Vaccination in the Punjab 1905-1918 - 1905-1918
Year: 1905
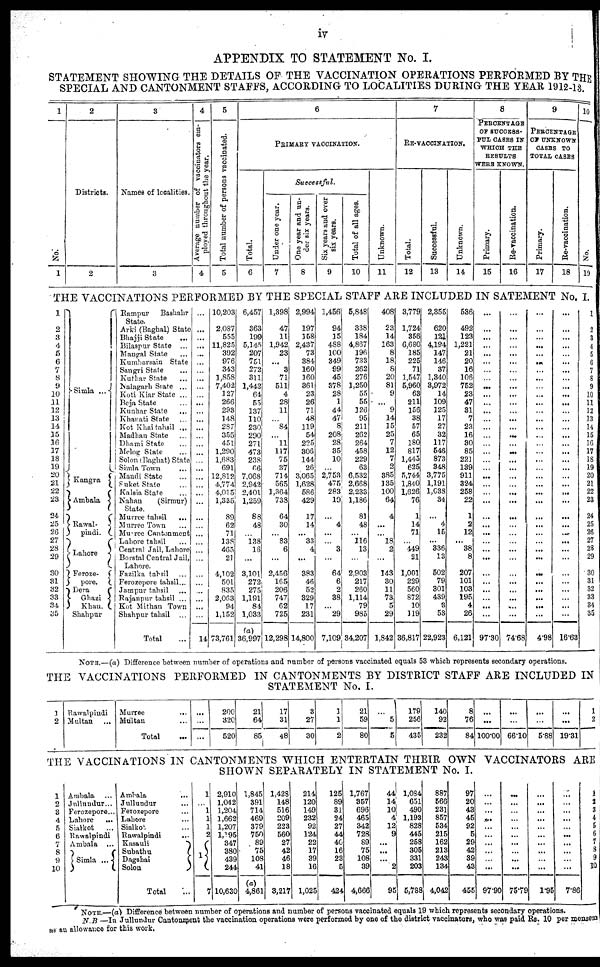
iv
APPENDIX TO STATEMENT No. I.
STATEMENT SHOWING THE DETAILS OF THE VACCINATION OPERATIONS PERFORMED BY THE
SPECIAL AND CANTONMENT STAFFS, ACCORDING TO LOCALITIES DURING THE YEAR 1912-13.
1
No.
1
2
Districts.
2
3
Names of localities.
3
4
Average number of vaccinators em-
ployed throughout the year.
4
5
Total number of persons vaccinated.
5
6
PRIMARY VACCINATION.
Total.
6
Successful.
Under one year.
7
One year and un-
der six years.
8
Six years and over
six years.
9
Total of all ages.
10
Unknown.
11
7
RE-VACCINATION.
Total.
12
Successful.
13
Unknown.
14
8
PERCENTAGE
OF SUCCESS¬
FUL CASES IN
WHICH THE
RESULTS
WERE KNOWN.
Primary.
15
Re-vaccination.
16
9
PERCENTAGE
OF UNKNOWN
CASES TO
TOTAL CASES
Primary.
17
Re-vaccination.
18
10
No.
19
THE VACCINATIONS PERFORMED BY THE SPECIAL STAFF ARE INCLUDED IN SATEMENT No. I.
1
2
3
4
5
6
7
8
9
10
11
12
13
14
15
16
17
18
19
20
21
22
23
24
25
26
27
28
29
30
31
32
33
34
35
Simla ...
Kangra
Ambala
Rawal¬
pindi.
Lahore
Feroze¬
pore.
Dera
Ghazi
Khan.
Shahpur
Rampur
Bashahr
State.
Arki (Baghal) State
Bhajji State
...
Bilaspur State ...
Mangal State ...
Kumharsain State
Sangri State ...
Kuthar State ...
Nalagarh State ...
Koti Kiar State ...
Beja State ...
Kunhar State ...
Khanati Slate ...
Kot Khai tahsil ...
Madhan State ...
Dhami State ...
Melog State ...
Solon (Baghat) State
Simla Town ...
Mandi State ...
Suket State ...
Kalsia State ...
Nahan
(Sirmur)
State.
Murree tahsil
...
Murree Town ...
Murree Cantonment
Lahore tahsil ...
Central Jail, Lahore
Borstal Central Jail,
Lahore.
Fazilka tahsil ...
Ferozopore tahsil...
Jampur tahsil ...
Rajanpur tahsil ...
Kot Mithan Town
Shahpur tahsil ...
Total ...
...
...
...
...
...
...
...
...
...
...
...
...
...
...
...
...
...
...
...
...
...
...
...
...
...
...
...
...
...
...
...
...
...
...
...
14
10,203
2,087
555
11,825
392
976
343
1,858
7,402
127
266
293
148
287
355
451
1,290
1,683
691
12,812
4,774
4,015
1,335
89
62
71
138
465
21
4,102
501
835
2,063
94
1,152
73,761
6,457
363
199
5,145
207
751
272
311
1,442
64
55
137
110
230
290
271
473
238
66
7,068
2,942
2,401
1,259
88
48
...
138
16
...
3,101
272
275
1,191
84
1,033
(a)
36,997
1,398
47
11
1,942
23
...
3
71
511
4
28
11
...
84
...
11
117
75
37
714
565
1,364
738
64
30
...
83
6
...
2,456
165
206
747
62
725
12,298
2,994
197
158
2,437
73
384
160
160
361
23
26
71
48
119
54
225
306
144
26
3,065
1,628
586
429
17
14
...
33
4
...
383
46
52
329
17
231
14,800
1,456
94
15
488
100
349
99
45
378
28
1
44
47
8
208
28
35
10
...
2,753
475
283
19
...
4
...
...
3
...
64
6
2
38
...
29
7,109
5,848
338
184
4,867
196
733
262
276
1,250
55
55
126
95
211
262
264
458
229
63
6,532
2,668
2,233
1,186
81
48
...
116
13
...
2,903
217
260
1,114
79
985
34,207
408
23
14
163
8
18
8
20
81
9
...
9
14
15
25
7
12
7
2
385
135
100
64
4
...
...
18
2
...
143
30
11
73
5
29
1,842
3,779
1,724
356
6,680
185
225
71
1,547
5,960
63
211
156
38
57
65
180
817
1,445
625
5,744
1,840
1,626
76
1
14
71
...
449
21
1,001
229
560
872
10
119
36,817
2,355
620
121
4,194
147
146
37
1,340
3,972
14
109
125
17
27
32
117
548
873
348
3,775
1,191
1,038
34
...
4
15
...
336
13
502
79
301
439
3
53
22,923
536
492
123
1,221
21
20
16
106
752
23
47
31
7
23
16
30
85
221
139
911
324
258
22
1
2
12
...
38
8
207
101
103
195
4
26
6,121
...
...
...
...
...
...
...
...
...
...
...
...
...
...
...
...
...
...
...
...
...
...
...
...
...
...
...
...
...
...
...
...
...
...
...
97.30
...
...
...
...
...
...
...
...
...
...
...
...
...
...
...
...
...
...
...
...
...
. ..
...
...
...
...
...
...
...
...
...
...
...
...
...
74.68
...
...
...
...
...
...
...
...
...
...
...
...
...
...
...
...
...
...
...
...
...
...
...
...
...
...
...
...
...
...
...
...
...
...
...
4.98
...
...
...
...
...
...
...
...
...
...
...
...
...
...
...
...
...
...
...
...
...
...
...
...
...
...
...
...
...
...
...
...
...
...
...
16.63
1
2
3
4
5
6
7
8
9
10
11
12
13
14
15
16
17
18
19
20
21
22
23
24
25
26
27
28
29
30
31
32
33
34
35
NOTE.—(a) Difference between number of operations and number of persons vaccinated equals 53 which represents secondary operations.
THE VACCINATIONS PERFORMED IN CANTONMENTS BY DISTRICT STAFF ARE INCLUDED IN
STATEMENT No. I.
1
2
Rawalpindi
Multan ...
Murree ...
Multan ...
Total ...
...
...
...
200
320
520
21
64
85
17
31
48
3
27
30
1
1
2
21
59
80
...
5
5
179
256
435
140
92
232
8
76
84
...
...
100.00
...
...
66.10
...
...
5.88
...
...
19.31
1
2
THE VACCINATIONS IN CANTONMENTS WHICH ENTERTAIN THEIR OWN VACCINATORS ARE
SHOWN SEPARATELY IN STATEMENT No. I.
1
2
3
4
5
6
7
8
9
10
Ambala
...
Jullundur...
Ferozepore...
Lahore
...
Sialkot ...
Rawalpindi
Ambala ...
Simla ...
Ambala
...
Jullundur ...
Ferozepore ...
Lahore ...
Sialkot ...
Rawalpindi
...
Kasauli
Subathu
Dagshai
Solon
Total ...
1
...
1
1
1
2
1
7
2,910
1,042
1,204
1,662
1,207
1,195
347
380
439
244
10,630
1,845
391
714
469
379
750
89
75
108
41
(a)
4,861
1,428
148
516
209
223
560
27
42
46
18
3,217
214
120
149
232
92
124
22
17
39
16
1,025
125
89
31
24
27
44
40
16
23
5
424
1,767
357
696
465
342
728
89
75
108
39
4,666
44
14
10
4
12
9
...
...
...
2
95
1,084
651
490
1,193
828
445
258
305
331
203
5,788
887
566
231
857
534
215
162
213
243
134
4,042
97
20
43
45
92
5
29
42
39
43
455
...
...
...
...
...
...
...
...
...
...
97.90
...
...
...
...
...
...
...
...
...
...
75.79
...
...
...
...
...
...
...
...
...
...
1.95
...
...
...
...
...
...
. ..
...
...
...
7.86
1
2
3
4
5
6
7
8
9
10
NOTE.—(a) Difference between number of operations and number of persons vaccinated equals 19 which represents secondary operations.
N.B —In Jullundur Cantonment the vaccination operations were performed by one of the district vaccinators, who was paid Rs. 10 per mensem
as an allowance for this work.